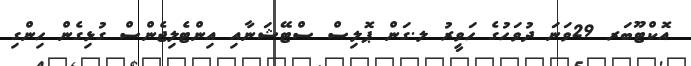
އޮކްޓޫބަރ 29ވަނަ ދުވަހުގެ ހަވީރު ލ.ގަން ޕޮލިސް ސްޓޭޝަނާއި އިންޓެލިޖެންސް ގުޅިގެން ހިންގި